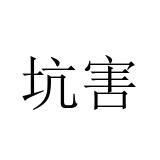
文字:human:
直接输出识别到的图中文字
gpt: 坑害